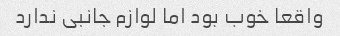
واقعا خوب بود اما لوازم جانبی ندارد